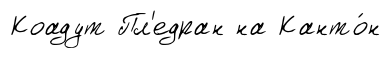
Коадут Пл'едран на Канто́н